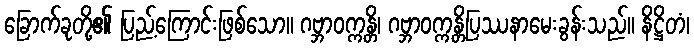
ခြောက်ခုတို့၏ ပြည့်ကြောင်းဖြစ်သော။ ဂဗ္ဘာဝက္ကန္တိ၊ ဂဗ္ဘာဝက္ကန္တိပြဿနာမေးခွန်းသည်။ နိဋ္ဌိတံ၊